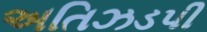
અતિઝડપી